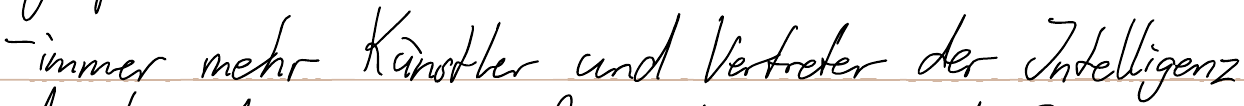
- immer mehr Künstler und Vertreter der Intelligenz